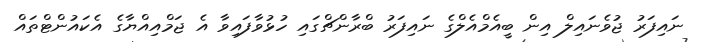
ނައިފަރު ޖުވެނައިލް އިން ބީއެމްއެލްގެ ނައިފަރު ބްރާންޗްގައި ހުޅުވާފައިވާ އެ ޖަމްއިއްޔާގެ އެކައުންޓްތައް